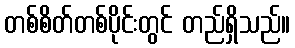
တစ်စိတ်တစ်ပိုင်းတွင် တည်ရှိသည်။